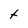
Character: t